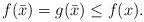
LaTeX: \begin{align*}f(\bar{x}) = g(\bar{x}) \leq f(x).\end{align*}